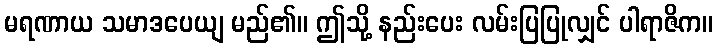
မရဏာယ သမာဒပေယျ မည်၏။ ဤသို့ နည်းပေး လမ်းပြပြုလျှင် ပါရာဇိက။